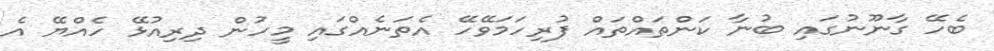
ބެހޭ ގާނޫނުގައި ބުނާ ކަންތައްތައް ފުރިހަމަވޭހޭ އެތަނެއްގައި މީހުން ދިރިއުޅޭ ހެއްޔޭ އެ